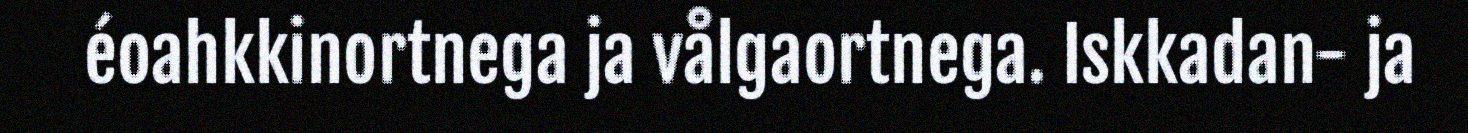
éoahkkinortnega ja vålgaortnega. Iskkadan- ja